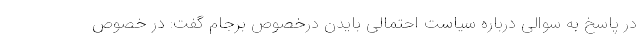
در پاسخ به سوالی درباره سیاست احتمالی بایدن درخصوص برجام گفت: در خصوص